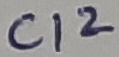
Text: C12